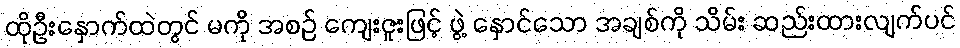
ထိုဦးနှောက်ထဲတွင် မကို အစဉ် ကျေးဇူးဖြင့် ဖွဲ့ နှောင်သော အချစ်ကို သိမ်း ဆည်းထားလျက်ပင်